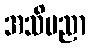
အသိပညာ